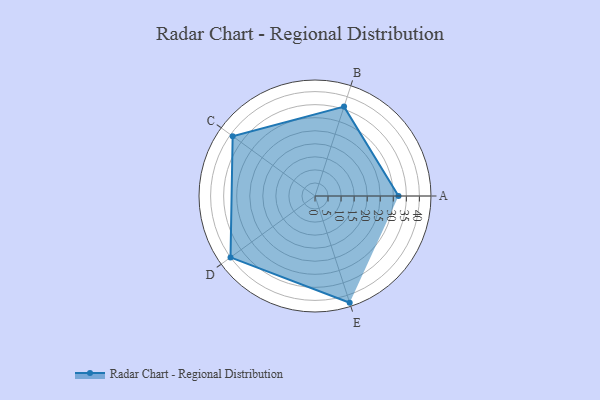
{"axis": {"x": "Skill", "y": "Score"}, "legend": ["Profile"], "data": [{"x": "A", "y": 32.0, "type": "Profile"}, {"x": "B", "y": 36.0, "type": "Profile"}, {"x": "C", "y": 39.0, "type": "Profile"}, {"x": "D", "y": 40.0, "type": "Profile"}, {"x": "E", "y": 43.0, "type": "Profile"}]}